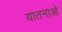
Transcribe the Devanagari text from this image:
यातनाओ